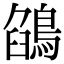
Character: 鵮